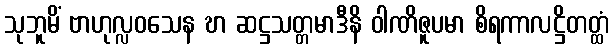
သုဘူမိံ ဗာဟုလ္လဝသေန ဎာ ဆဋ္ဌသတ္တမာဒီနိ ဝါဏိဇူပမာ စိရကာလဋ္ဌိတတ္ထံ